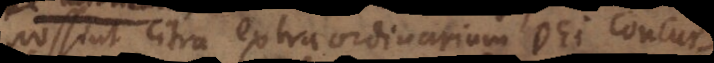
possint citra extraordinarium Dei concur